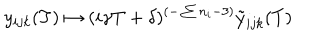
y _ { i j k } ( T ) \mapsto ( i \gamma T + \delta ) ^ { ( - \sum n _ { i } - 3 ) } \tilde { y } _ { i j k } ( T )